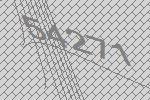
54271